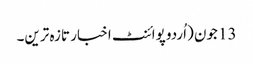
13 جون (اُردو پوائنٹ اخبار تازہ ترین۔